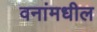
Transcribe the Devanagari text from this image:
वनांमधील